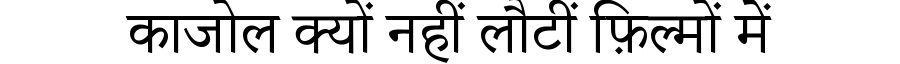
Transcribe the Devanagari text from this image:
काजोल क्यों नहीं लौटीं फ़िल्मों में